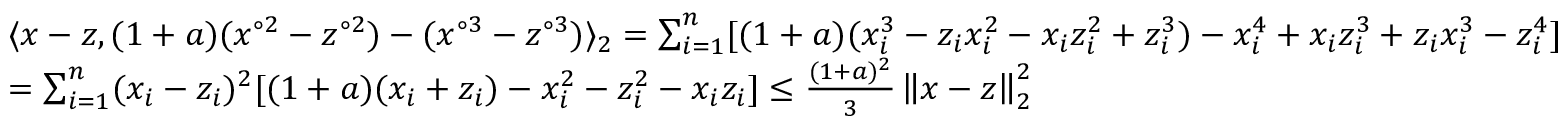
\begin{array} { r l } & { \langle x - z , ( 1 + a ) ( x ^ { \circ 2 } - z ^ { \circ 2 } ) - ( x ^ { \circ 3 } - z ^ { \circ 3 } ) \rangle _ { 2 } = \sum _ { i = 1 } ^ { n } [ ( 1 + a ) ( x _ { i } ^ { 3 } - z _ { i } x _ { i } ^ { 2 } - x _ { i } z _ { i } ^ { 2 } + z _ { i } ^ { 3 } ) - x _ { i } ^ { 4 } + x _ { i } z _ { i } ^ { 3 } + z _ { i } x _ { i } ^ { 3 } - z _ { i } ^ { 4 } ] } \\ & { = \sum _ { i = 1 } ^ { n } ( x _ { i } - z _ { i } ) ^ { 2 } [ ( 1 + a ) ( x _ { i } + z _ { i } ) - x _ { i } ^ { 2 } - z _ { i } ^ { 2 } - x _ { i } z _ { i } ] \leq \frac { ( 1 + a ) ^ { 2 } } { 3 } \left\| x - z \right\| _ { 2 } ^ { 2 } } \end{array}